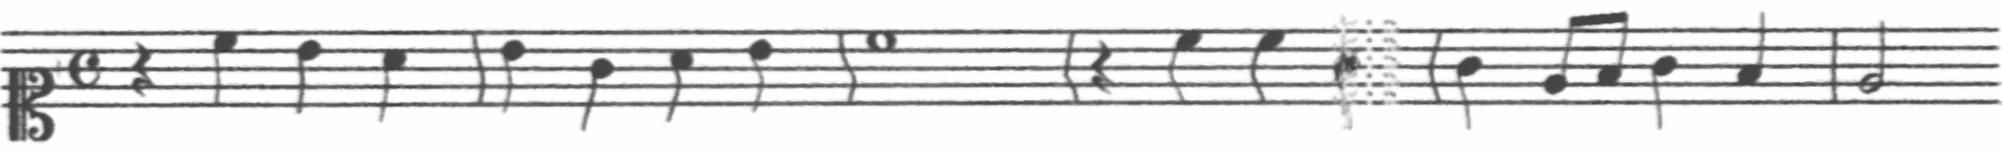
Transcription: clef-C1 timeSignature-C rest-quarter note-C5_quarter note-B4_quarter note-A4_quarter barline note-B4_quarter note-G4_quarter note-A4_quarter note-B4_quarter barline note-C5_whole barline rest-quarter note-C5_quarter note-C5_quarter note-G4_quarter barline note-G4_quarter note-E4_eighth note-F4_eighth note-G4_quarter note-F4_quarter barline note-E4_half